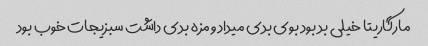
مارگاریتا خیلی بد بود بوی بدی میداد و مزه بدی داشت سبزیجات خوب بود